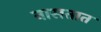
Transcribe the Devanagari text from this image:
नासतात